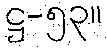
ဋ္ဌ-၅၃။